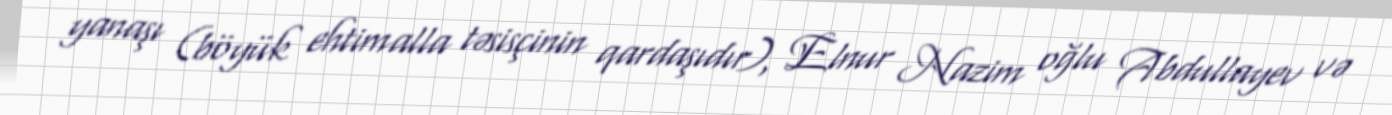
yanaşı (böyük ehtimalla təsisçinin qardaşıdır), Elnur Nazim oğlu Abdullayev və